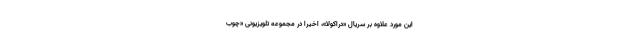
این مورد علاوه بر سریال «دراکولا»، اخیرا در مجموعه تلویزیونی «چوب